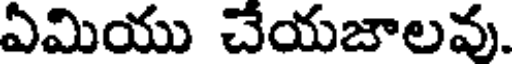
ఏమియు చేయజాలవు.